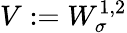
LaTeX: V:=W_{\sigma}^{1,2}